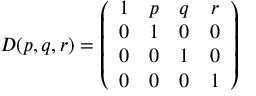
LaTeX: D ( p , q , r ) = \left( \begin{array} { c c c c } { { 1 } } & { { p } } & { { q } } & { { r } } \\ { { 0 } } & { { 1 } } & { { 0 } } & { { 0 } } \\ { { 0 } } & { { 0 } } & { { 1 } } & { { 0 } } \\ { { 0 } } & { { 0 } } & { { 0 } } & { { 1 } } \end{array} \right)